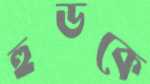
হুডকে